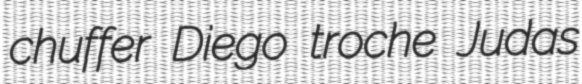
chuffer Diego troche Judas